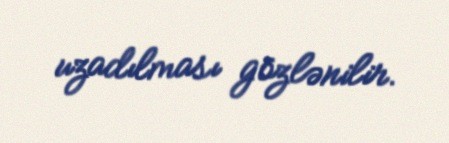
uzadılması gözlənilir.